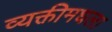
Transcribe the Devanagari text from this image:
व्यक्तीमधला